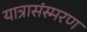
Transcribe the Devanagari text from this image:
यात्रासंस्मरण